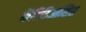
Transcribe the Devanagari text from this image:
केंडिडिआसिस